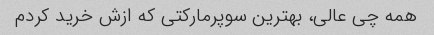
همه چی عالی، بهترین سوپرمارکتی که ازش خرید کردم